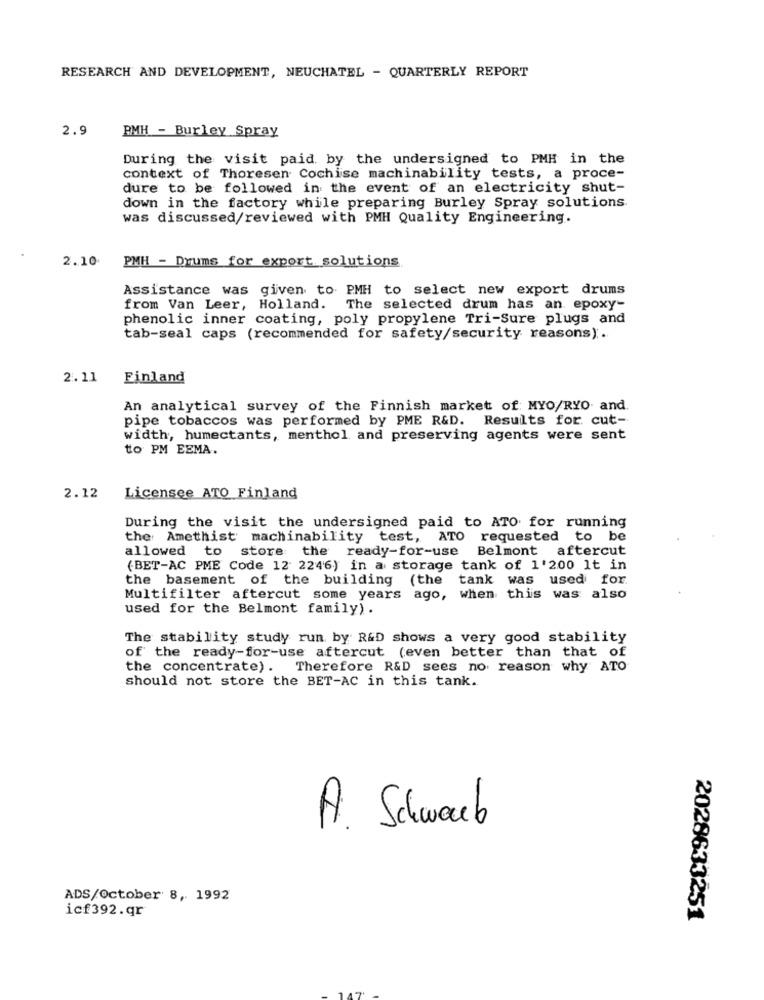
RESEARCH AND DEVELOPMENT, NEUCHATEL - QUARTERLY REPORT
2.9
PMH - Burley Spray
During the visit paid by the undersigned to PMH in the
context of Thoresen Cochise machinability tests, a proce-
dure to be followed in the event of an electricity shut-
down in the factory while preparing Burley Spray solutions.
was discussed/reviewed with PMH Quality Engineering.
2.10 PMH - Drums for export solutions
Assistance was given to PMH to select new export drums
from Van Leer, Holland. The selected drum has an epoxy-
phenolic inner coating, poly propylene Tri-Sure plugs and
tab-seal caps (recommended for safety/security reasons).
2. 11
Finland
An analytical survey of the Finnish market of MYO/RYO and.
pipe tobaccos was performed by PME R&D. Results for. cut-
width, humectants, menthol and preserving agents were sent
to PM EEMA.
2.12
Licensee ATO Finland
During the visit the undersigned paid to ATO for running
the Amethist machinability test, ATO requested to be
allowed to store the ready-for-use Belmont aftercut
(BET-AC PME Code 12 2246) in a storage tank of 1'200 It in
the basement of the building (the tank was used for
Multifilter aftercut some years ago, when this was also
used for the Belmont family) .
The stability study run by R&D shows a very good stability
of the ready-for-use aftercut (even better than that of
the concentrate). Therefore R&D sees no reason why ATO
should not store the BET-AC in this tank.
A. Schwab
ADS/October 8, 1992
icf392.qr
2028633251